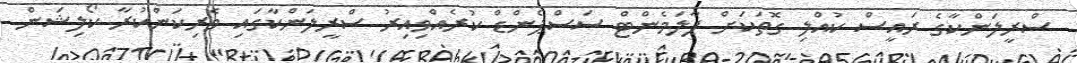
ސްރީލަންކާގެ ރައީސް ކުއްލި ގޮތަކަށް ޕާލަމެންޓް ސަސްޕެންޑް ކުރެއްވިއިރު ސްރީލަންކާގައި ވެރިކަންކުރާ ކޯލިޝަން